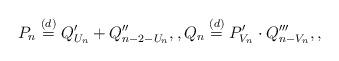
LaTeX: \begin{align*} P_{n} \stackrel{(d)}{=} Q_{U_{n}}' + Q_{n-2-U_{n}}'', , Q_{n} \stackrel{(d)}{=} P_{V_{n}}' \cdot Q_{n-V_{n}}''', , \end{align*}